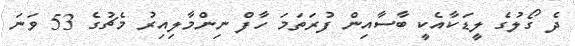
ދެ ގޯލުގެ ލީޑަކާއެކީ ބާސާއިން ފުރަތަމަ ހާފް ނިންމާލިއިރު މެޗުގެ 53 ވަނަ